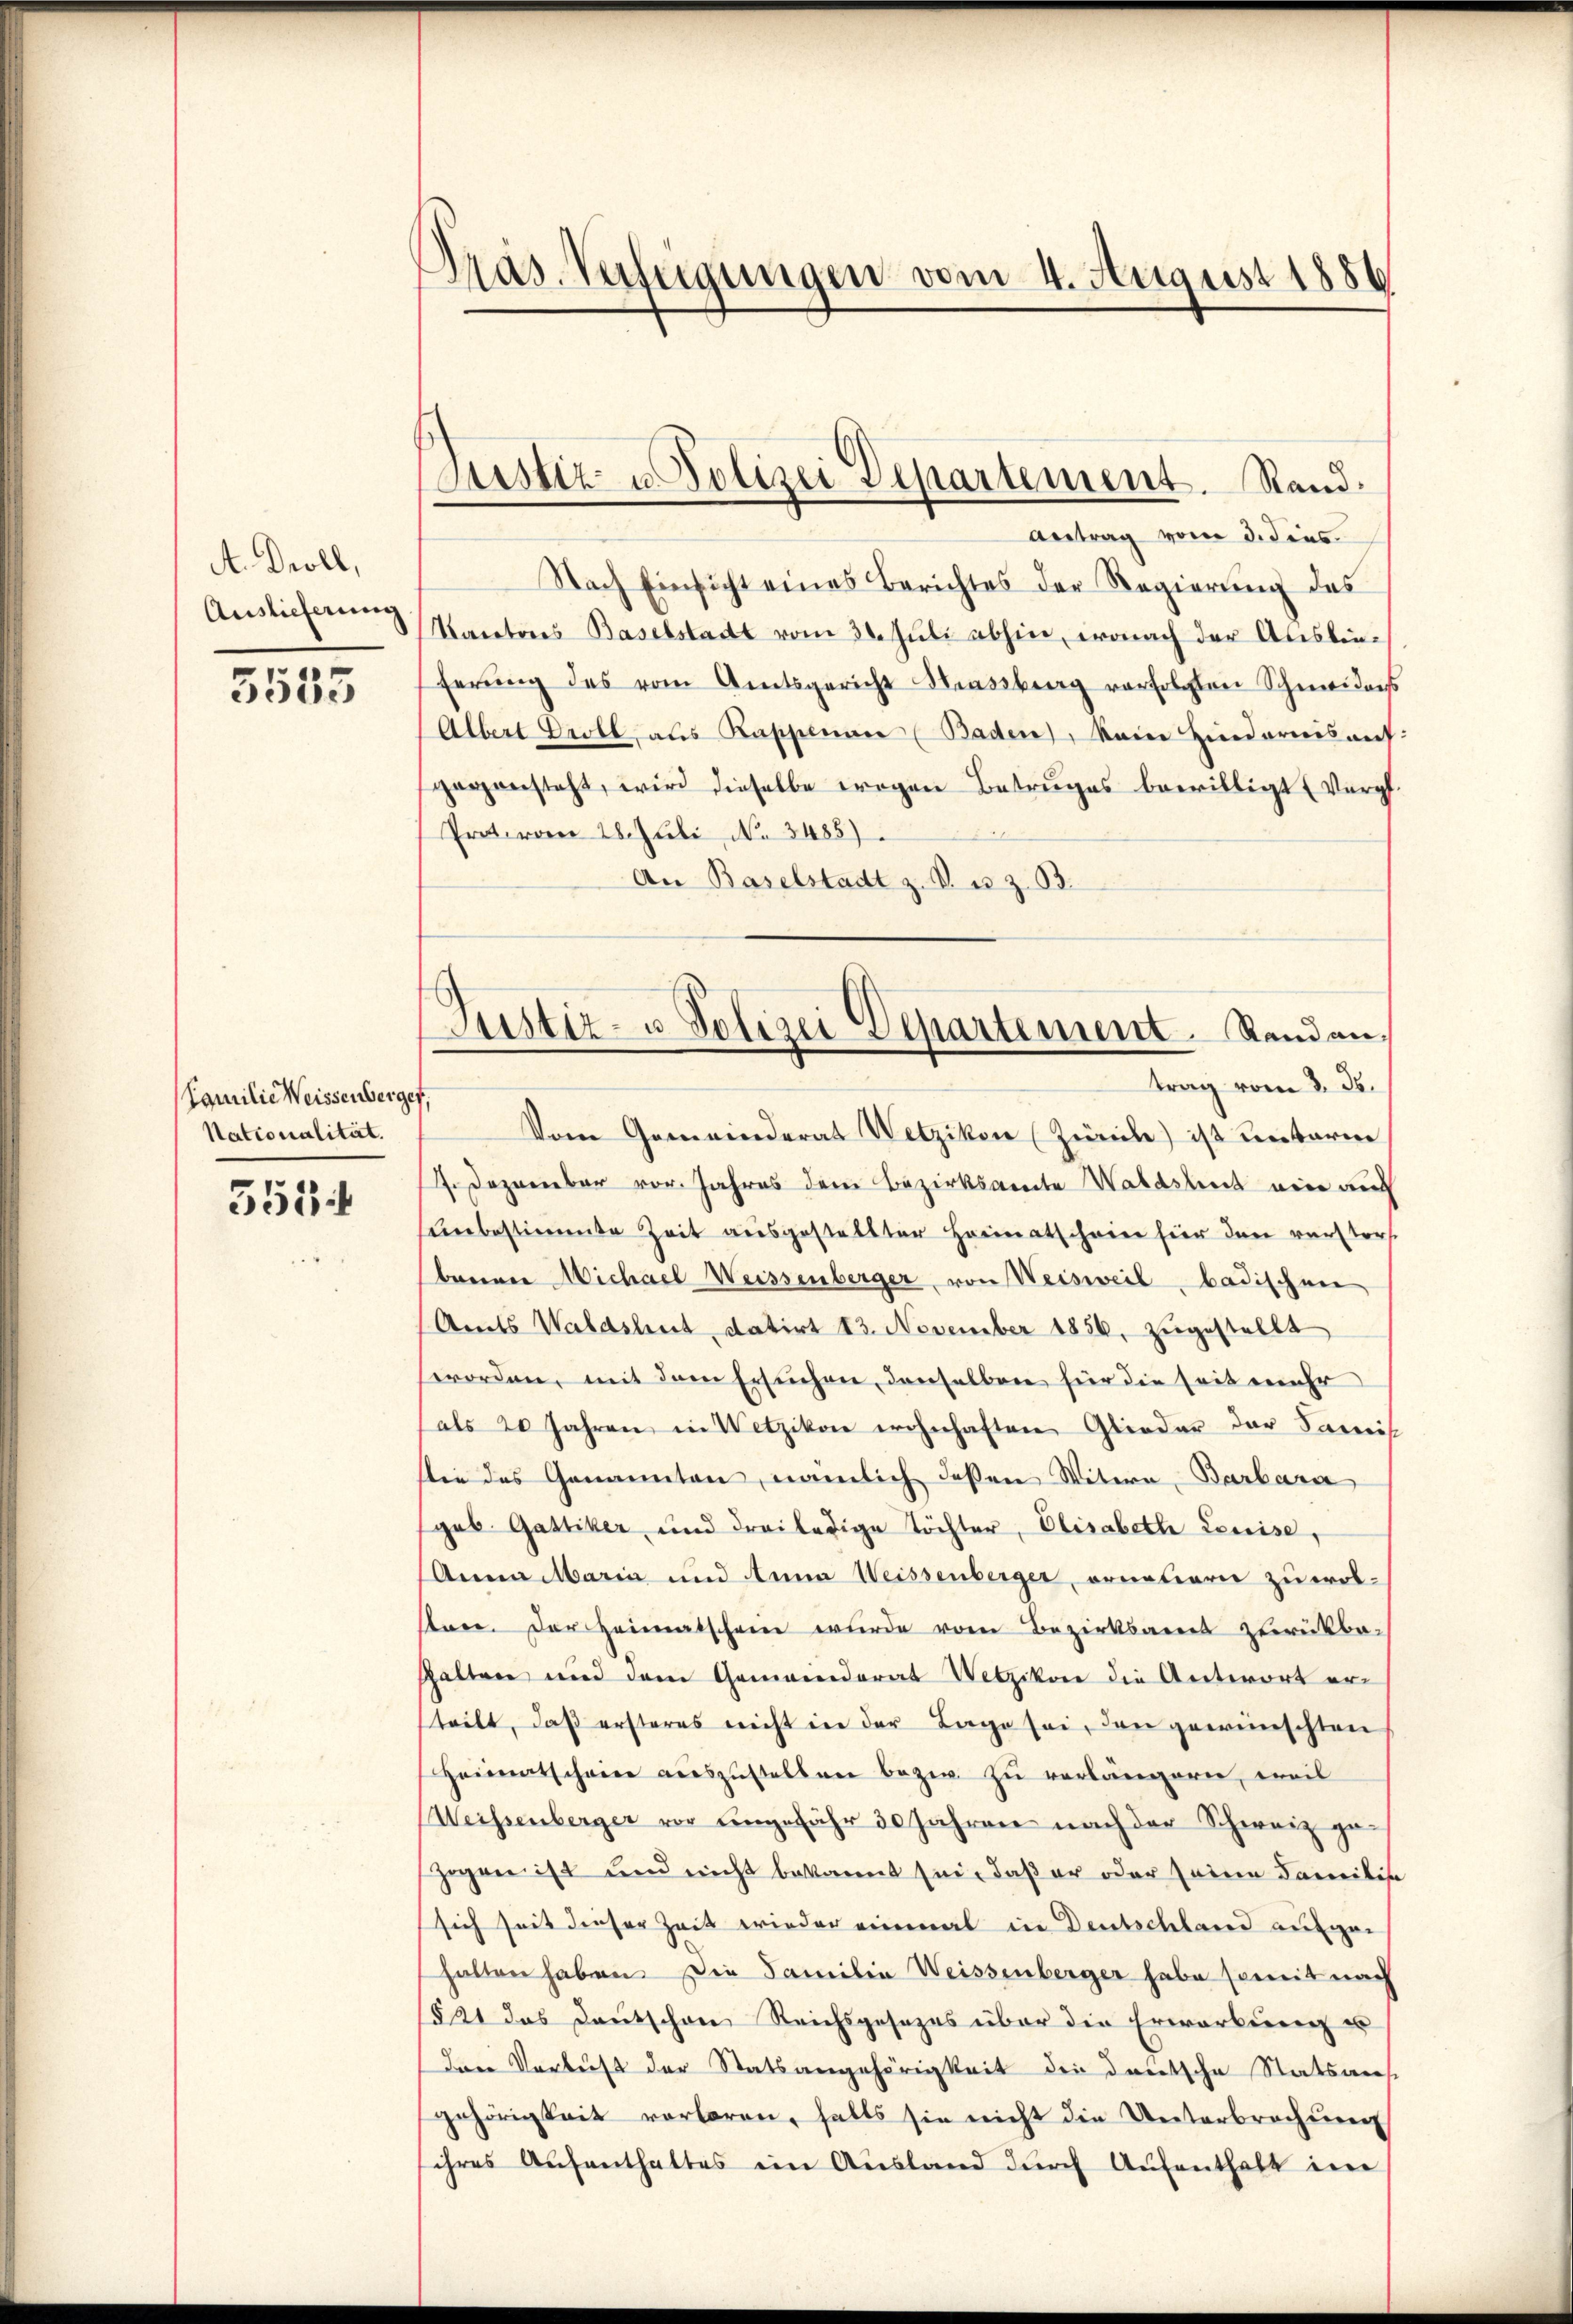
A. Droll,
Auslieferung

5555

Familie Weissenberger,
Nationalität.

3534

Präs. Verfügungen vom 4. August 1886

Justiz- u. Polizei Departement. Stand.

Justiz- u. Polizei Departement. Randan

Antrag vom 3. dies
Nach Einsicht eines Berichtes der Regierung des
Kantores Baselstadt vom 30. Jŭli abhin, wonach der Ausbin-
ferŭng des vom Amtsgericht Massberg verfolgten Schmeiders
Albert Droll, als Kappenan (Baden, kein Hindernis auf
gegensteht, wird dieselbe wegen Betruges bewilligt (Vergl.
Pretero 28. Juli No 3485)
An Baselstadt z. B. u. z. 93.
trag vom 8. ds.
Vom Gemeinderat Wetzikon (Zürich) ist unterm
4. Dezember vor. Jahres dem Bezirksamte Waldshut ein auf
unbestimmte Zeit ausgestellter Heimatschein hier dann verstorf
brennen Michael Weissenberger von Weisweil, badischen
(Amts Waldshut, datirt 13. November 1856, zugestellt
worden, mit dem Ersuchen, denselben für die seit mehr
als 20 Jahren in Wetzikon wohnhaften Glieder der Samis
Die des Genannten, nämlich deßen Witern Barbara
(geb. Gattiker und drei ledige Töchter, Elisabeth Leuise,
Anna Maria und Anna Weissenberger, ornetarie zu wol-
stree. Der Heimatschein wurde vom Bezirksamt zurückba-
halten und dem Gemeinderat Wetzikon die Antwort erteilt, daß ersteres nicht in der Lage sei, den gewünschten
Heimatschein auszustellen bezw. zu verlängern, weil
Weissenberger vor ungefähr 30 Jahren nach der Schweiz ge¬
Gegen ist und nicht bekannt sei, daß er oder seine Familie
sich seit dieser Zeit wieder einmal in Deutschland aufge
halten haben. Die Familia Weissenberger habe somit nach
1521 das Deutschen Reichsgesezes über die Erwarbŭng u
Den Verlust der Statsangehörigkeit der deutsche Statsans
gehörigkeit verloren, falls sie nicht die Unterbrechŭng
ihres Aŭfenthaltes ein Ausland dŭrch Aufenthalt im